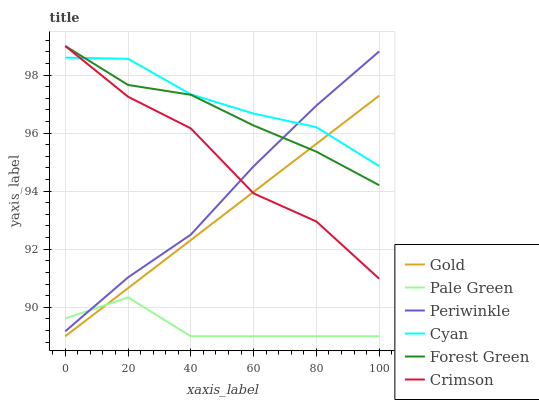
| xaxis_label | Gold | Pale Green | Periwinkle | Cyan | Forest Green | Crimson |
 | --- | --- | --- | --- | --- | --- | --- |
 | 0 | 89 | 89.6 | 89.2 | 98.6 | 99 | 99 |
 | 20 | 90.7 | 90.3 | 91 | 98.6 | 97.7 | 97.3 |
 | 40 | 92.3 | 89 | 92.5 | 97.3 | 97.3 | 96.2 |
 | 60 | 94 | 89 | 94.9 | 96.7 | 96.3 | 93.9 |
 | 80 | 95.6 | 89 | 96.9 | 96.2 | 95.4 | 93 |
 | 100 | 97.3 | 89 | 98.8 | 94.9 | 94.2 | 91 |